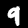
Digit: 9